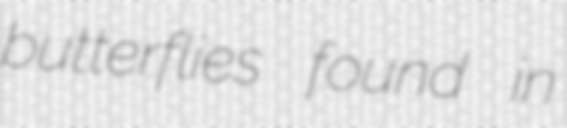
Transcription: butterflies found in